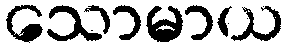
သောမာယ